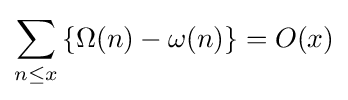
\sum _{n\leq x}\left\{\Omega (n)-\omega (n)\right\}=O(x)